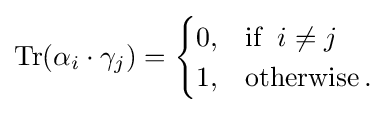
\operatorname {Tr} (\alpha _{i}\cdot \gamma _{j})={\begin{cases}0,&\operatorname {if} \ i\neq j\\1,&\operatorname {otherwise} .\end{cases}}